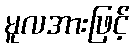
မူလအားဖြင့်